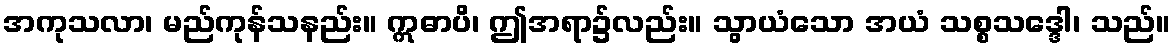
အကုသလာ၊ မည်ကုန်သနည်း။ ဣဓာပိ၊ ဤအရာ၌လည်း။ သွာယံသော အယံ သစ္စသဒ္ဒေါ၊ သည်။